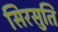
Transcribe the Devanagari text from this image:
सिरसुति